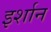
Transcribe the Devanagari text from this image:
इर्शान